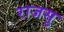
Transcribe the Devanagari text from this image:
राजसु